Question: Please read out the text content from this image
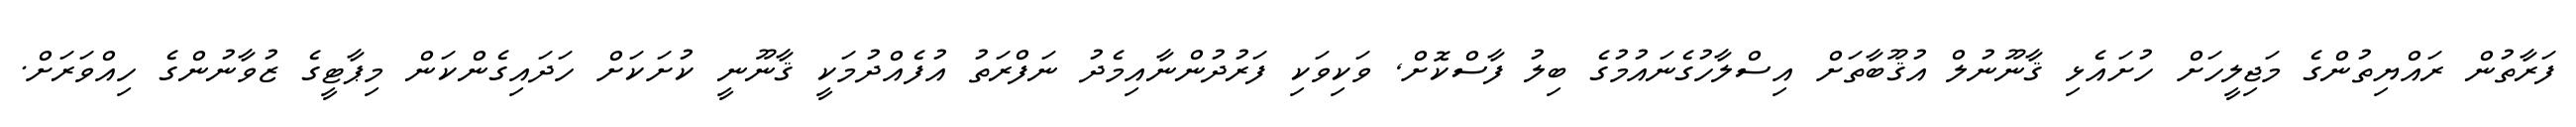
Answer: ފަރާތުން ރައްޔިތުންގެ މަޖިލީހަށް ހުށައެޅި ޤާނޫނުލް އުޤޫބާތަށް އިސްލާހުގެނައުމުގެ ބިލު ފާސްކޮށް, ވަކިވަކި ފަރުދުންނާއިމެދު ނަފްރަތު އުފެއްދުމަކީ ޤާނޫނީ ކުށަކަށް ހަދައިގެންކަން މިޕާޓީގެ ޒުވާނުންގެ ހިއްވަރަށް.